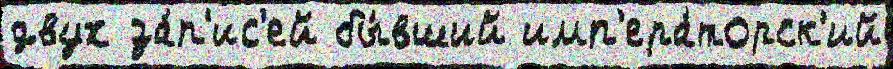
двух за́п'ис'ей бы́вший имп'ера́торск'ий